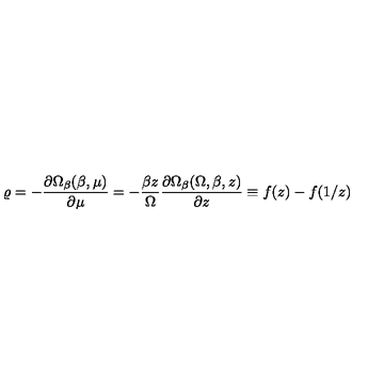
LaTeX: \varrho = - \frac { \partial \Omega _ { \beta } ( \beta , \mu ) } { \partial \mu } = - \frac { \beta z } { \Omega } \frac { \partial \Omega _ { \beta } ( \Omega , \beta , z ) } { \partial z } \equiv f ( z ) - f ( 1 / z )